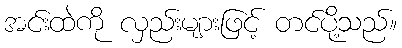
အင်းထဲကို လှည်းများဖြင့် တင်ပို့သည်။